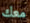
معك